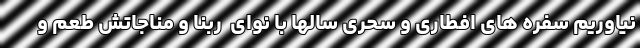
نیاوریم سفره های افطاری و سحری سالها با نوای  ربنا و مناجاتش طعم و